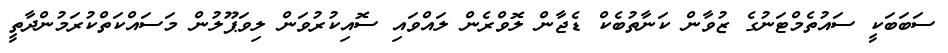
ސަބަބަކީ ސައުތެމްޓަނުގެ ޒުވާން ކަނާތުބެކް ޑެޖާން ލޮވްރެން ލައްވައި ސޮއިކުރުވަން ލިވަޕޫލުން މަސައްކަތްކުރަމުންދާތީ